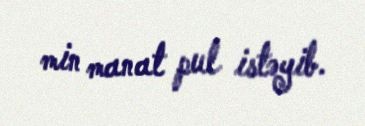
min manat pul istəyib.